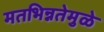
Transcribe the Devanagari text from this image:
मतभिन्नतेमुळे